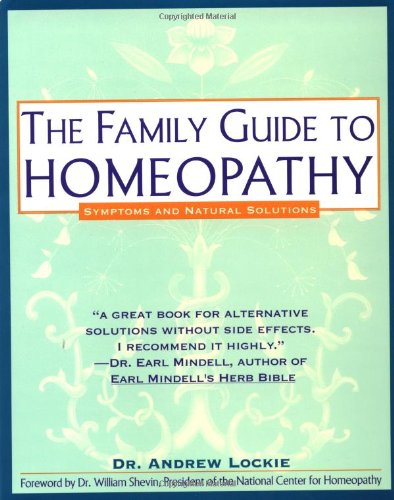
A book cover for The Family Guide to Homeopathy: Symptoms and Natural Solutions; Andrew Lockie; Health, Fitness & Dieting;